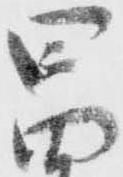
昌